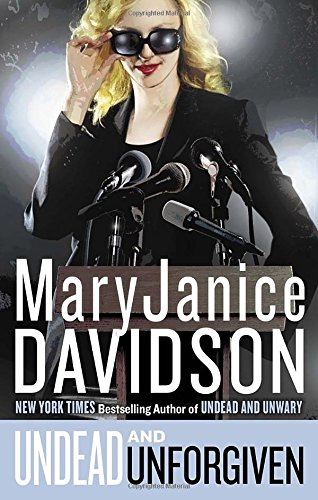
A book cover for Undead and Unforgiven: Queen Betsy; MaryJanice Davidson; Science Fiction & Fantasy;